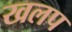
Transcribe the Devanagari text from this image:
खलप